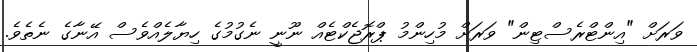
ވަރަށް "އިންޓްރެސްޓިން" ވަރަށް މުހިންމު ޕްރޮޖެކްޓެއް ނޫނީ ނެގުމުގެ ހިޔާލެއްވެސް އޭނާގެ ނެތެވެ.